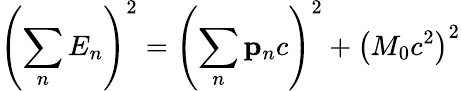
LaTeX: \left(\sum_{n}E_{n}\right)^{2}=\left(\sum_{n}\mathbf{p}_{n}c\right)^{2}+\left(M_{0}c^{2}\right)^{2}